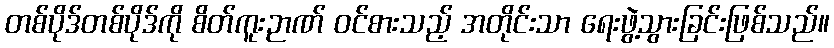
တစ်ပိုဒ်တစ်ပိုဒ်ကို စိတ်ကူးဉာဏ် ဝင်စားသည့် အတိုင်းသာ ရေးဖွဲ့သွားခြင်းဖြစ်သည်။